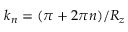
k _ { n } = ( \pi + 2 \pi n ) / R _ { z }